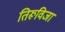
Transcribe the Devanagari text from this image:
तिरूविजा